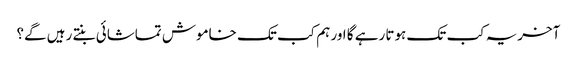
آخریہ کب تک ہوتا رہے گا اور ہم کب تک خاموش تماشائی بنتے رہیں گے؟